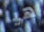
هيا